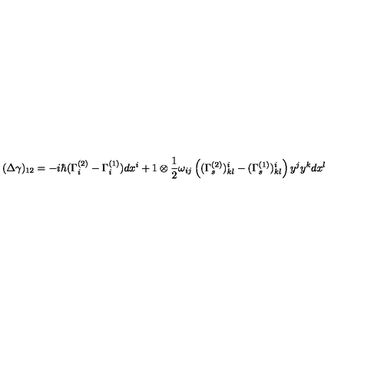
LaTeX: ( \Delta \gamma ) _ { 1 2 } = - i \hbar ( \Gamma _ { i } ^ { ( 2 ) } - \Gamma _ { i } ^ { ( 1 ) } ) d x ^ { i } + 1 \otimes \frac { 1 } { 2 } \omega _ { i j } \left( ( \Gamma _ { s } ^ { ( 2 ) } ) _ { k l } ^ { i } - ( \Gamma _ { s } ^ { ( 1 ) } ) _ { k l } ^ { i } \right) y ^ { j } y ^ { k } d x ^ { l }